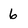
Character: 6